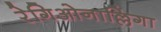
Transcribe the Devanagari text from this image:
रेगिओनाल्लिगा